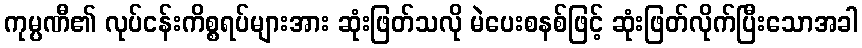
ကုမ္ပဏီ၏ လုပ်ငန်းကိစ္စရပ်များအား ဆုံးဖြတ်သလို မဲပေးစနစ်ဖြင့် ဆုံးဖြတ်လိုက်ပြီးသောအခါ